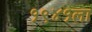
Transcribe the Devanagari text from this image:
१९४१ला